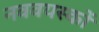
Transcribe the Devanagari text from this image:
नववयस्कों